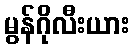
မွန်ဂိုလီးယား